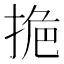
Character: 𭡔